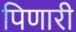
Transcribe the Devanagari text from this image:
पिणारी